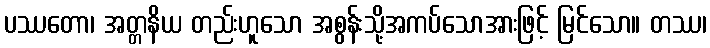
ပဿတော၊ အတ္တနိယ တည်းဟူသော အစွန်းသို့အကပ်သောအားဖြင့် မြင်သော။ တဿ၊